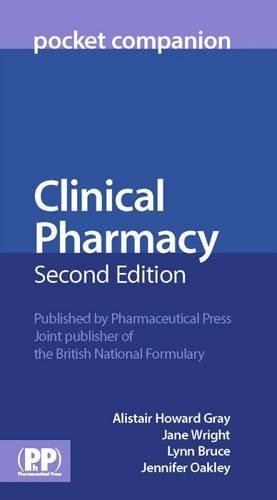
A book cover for Clinical Pharmacy: Pocket Companion; Medical Books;